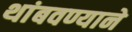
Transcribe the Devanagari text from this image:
थांबवण्याने